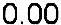
0.00